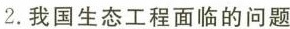
2.我国生态工程面临的问题